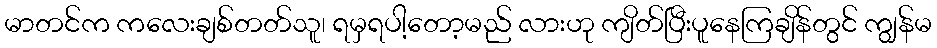
မာတင်က ကလေးချစ်တတ်သူ၊ ရမှရပါ့တော့မည် လားဟု ကျိတ်ပြီးပူနေကြချိန်တွင် ကျွန်မ